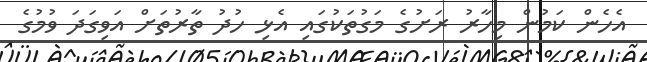
އެހެން ކަމުން މިހާރު ރަށުގެ މަގުތަކުގައި އެޅި ހުދު ތާރުތަށް އަވިގަދަ ވުމުގެ